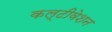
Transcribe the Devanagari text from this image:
कल्टीवेशन